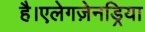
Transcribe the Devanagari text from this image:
है।एलेगज़ेनड्रिया